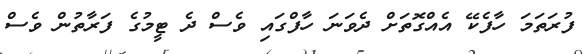
ފުރަަތަމަ ހާފެކޭ އެއްގޮތަށް ދެވަނަ ހާފްގައި ވެސް ދެ ޓީމުގެ ފަރާތުން ވެސް